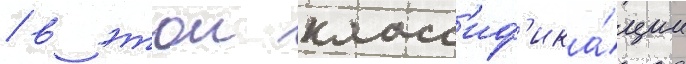
/ в этои класс'иф'ика́ции